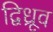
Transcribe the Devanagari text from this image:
द्विध्रूव